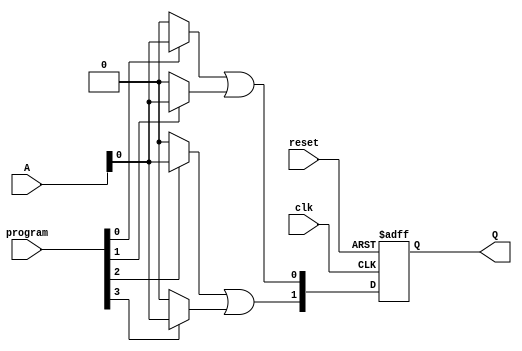
module RPAL #(
    parameter n = 4, // Number of inputs
    parameter m = 2   // Number of outputs (flip-flops)
)(
    input wire clk,                  // Clock input
    input wire reset,                // Reset input
    input wire [n-1:0] A,           // Input signals
    input wire [n*n-1:0] program,   // Programming signals for AND array
    output reg [m-1:0] Q            // Registered outputs
);

// Internal wires for AND array outputs
wire [n*n-1:0] and_out; // Product terms from AND array

// Programmable AND array
genvar i, j;
generate
    for (i = 0; i < n; i = i + 1) begin : and_array
        for (j = 0; j < n; j = j + 1) begin : product_terms
            assign and_out[i*n + j] = program[i*n + j] ? A[i] : 1'b0;
        end
    end
endgenerate

// Fixed OR array
wire [m-1:0] or_out; // Outputs from OR array
assign or_out[0] = and_out[0] | and_out[1]; // Example OR logic
assign or_out[1] = and_out[2] | and_out[3]; // Example OR logic

// Flip-flops for registered outputs
always @(posedge clk or posedge reset) begin
    if (reset) begin
        Q <= 0; // Asynchronous reset
    end else begin
        Q <= or_out; // Register the outputs
    end
end

endmodule